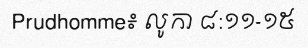
Prudhomme៖ លូកា ៨:១១-១៥